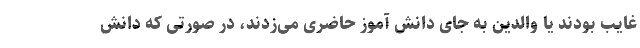
غایب بودند یا والدین به جای دانش آموز حاضری می‌زدند، در صورتی که دانش